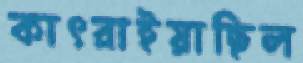
কাৎরাইয়াছিল